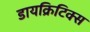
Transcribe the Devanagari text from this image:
डायक्रिटिक्स